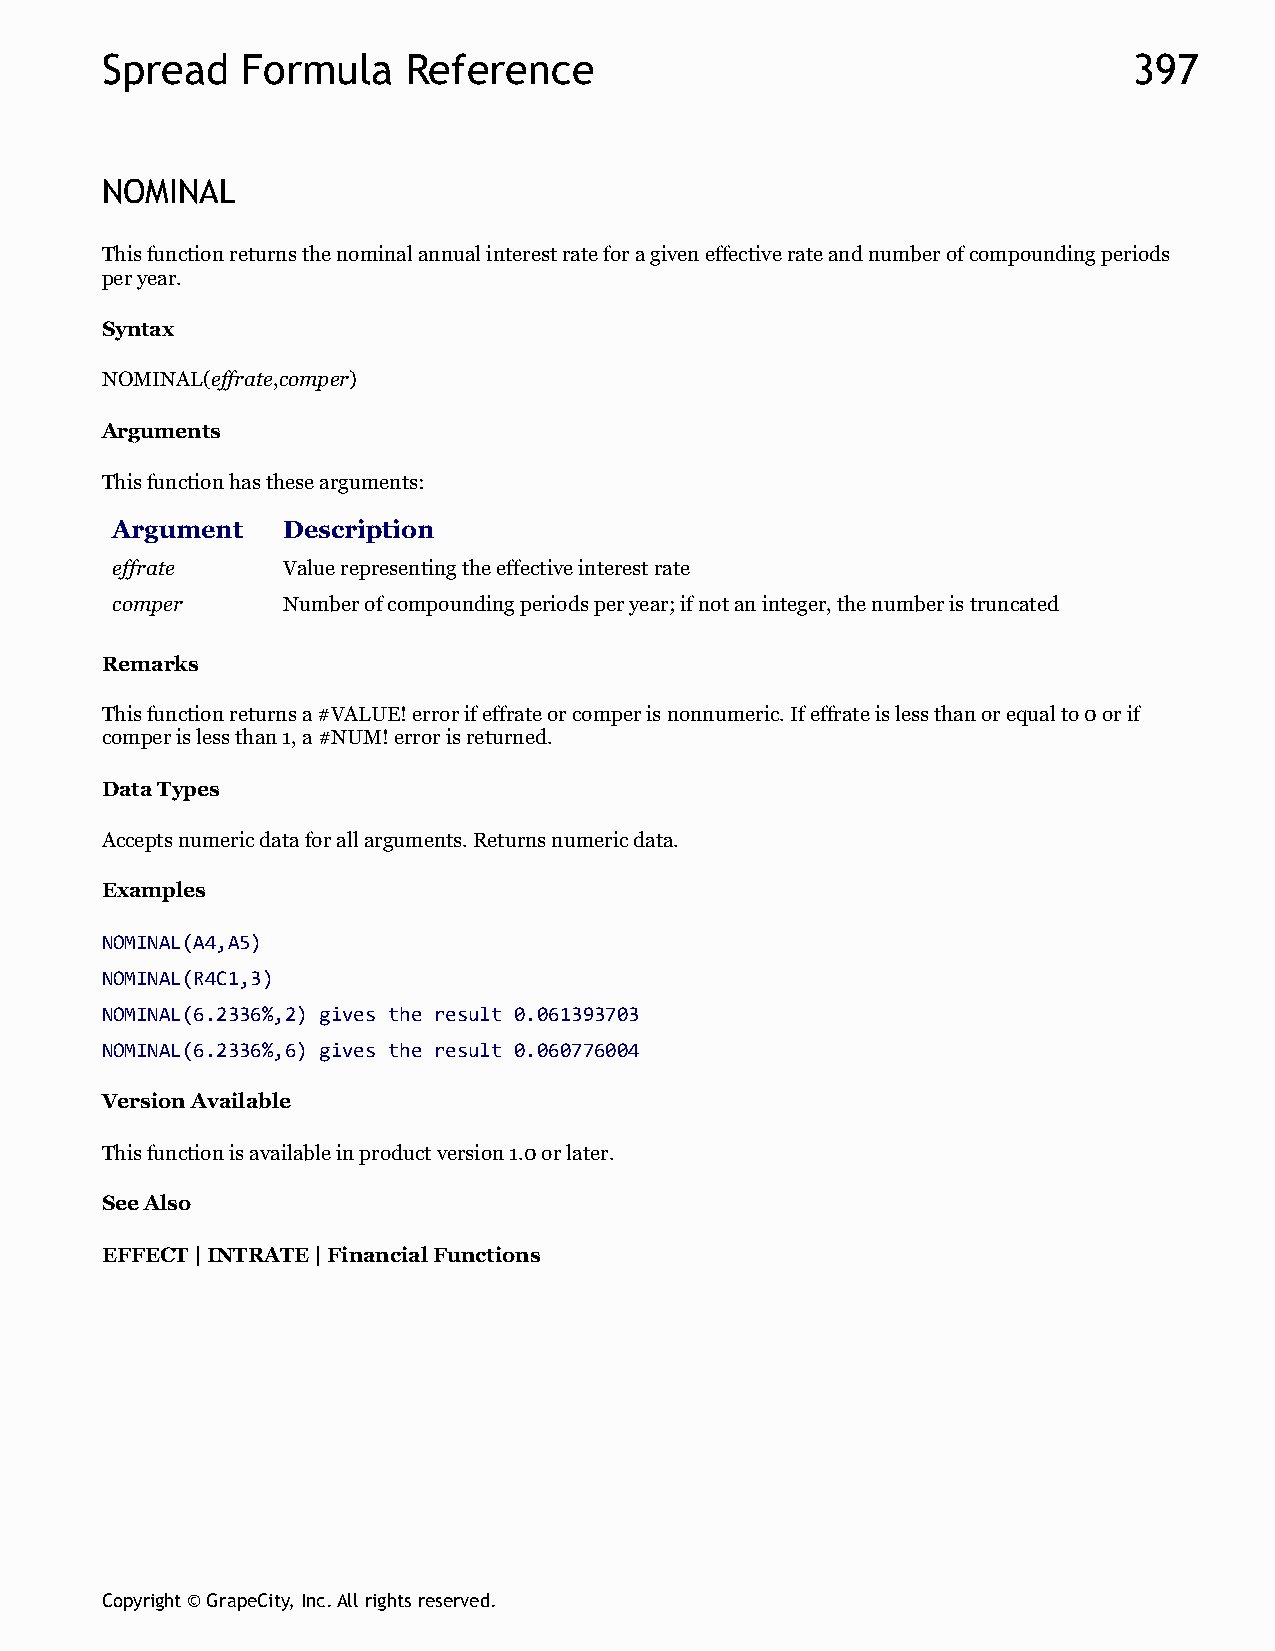
Spread   Formula    Reference                                       397
 NOMINAL
 This function returns the nominal annual interest rate for a given effective rate and number of compounding periods
 per year.
 Syntax
 NOMINAL(effrate,comper)
 Arguments
 This function has these arguments:
 Argument    Description
 effrate     Value representing the effective interest rate
 comper      Number of compounding periods per year; if not an integer, the number is truncated
 Remarks
 This function returns a #VALUE! error if effrate or comper is nonnumeric. If effrate is less than or equal to 0 or if
 comper is less than 1, a #NUM! error is returned.
 Data Types
 Accepts numeric data for all arguments. Returns numeric data.
 Examples
 NOMINAL(A4,A5)
 NOMINAL(R4C1,3)
 NOMINAL(6.2336%,2) gives the result 0.061393703
 NOMINAL(6.2336%,6) gives the result 0.060776004
 Version Available
 This function is available in product version 1.0 or later.
 See Also
 EFFECT | INTRATE | Financial Functions
 Copyright © GrapeCity, Inc. All rights reserved.